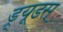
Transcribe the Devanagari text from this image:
ड्र्यूडस्